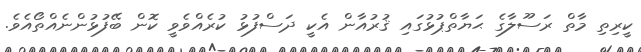
ކީރިތި މާތް ރަސޫލާގެ ޙަޔާތްޕުޅުގައި ޤުރުއާން އެކީ ދަސްފުޅު ކުރެއްވެވީ ކޮން ބޭފުޅުންނެއްތޯއެވެ.